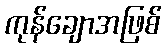
ကုန်ချောအဖြစ်